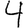
Digit: 4